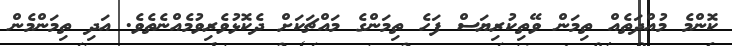
ކޮންމެ މުއްދަތެއް ތިމަން ވޭތިކުރިޔަސް ފަހެ ތިމަންގެ މައްޗަކަށް ދެކޮޅުވެރިވުމެއްނެތެވެ. އަދި ތިމަންމެން